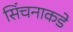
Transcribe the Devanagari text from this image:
सिंचनाकडे